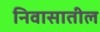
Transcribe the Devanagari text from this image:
निवासातील